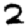
Digit: 2